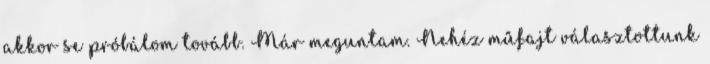
akkor se próbálom tovább. Már meguntam. Nehéz műfajt választottunk